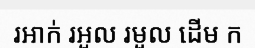
រអាក់ រអួល រមួល ដើម ក